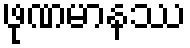
ဖုဏမာနဿ